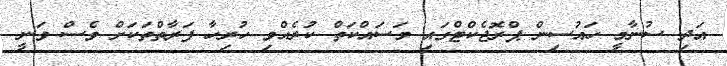
އަދި ސުނާމީ ހައުސިން ޕްރޮޖެކްޓްގައި މަސައްކަތް ކުރެއްވި ހުރިހާ ފަރާތްތަކަށް ވެސް ވަނީ